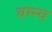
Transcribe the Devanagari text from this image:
चम्म्च